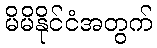
မိမိနိုင်ငံအတွက်